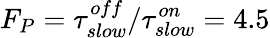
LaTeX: F_{P}=\tau_{slow}^{off}/\tau_{slow}^{on}=4.5